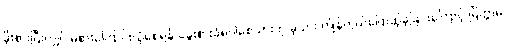
ခိုးစားပြီးလျှင် မစားကြောင်းယုံစေရန် ခွေးစားခံရပါစေသားဟု မုသား ကျိန်တွယ်ပြောဆိုခဲ့ခြင်းကြောင့် ပြိတ္တာမ